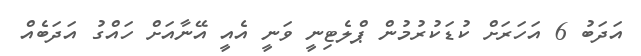
އަދަބު 6 އަހަރަށް ކުޑަކުރުމުން ޕްލެޓިނީ ވަނީ އެއީ އޭނާއަށް ހައްގު އަދަބެއް